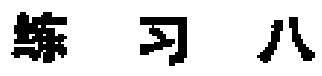
练习八